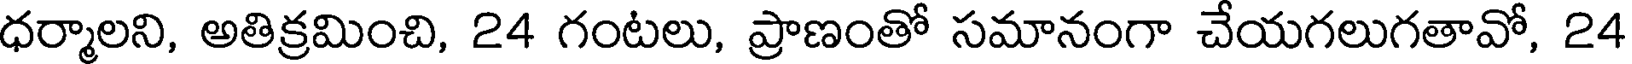
ధర్మాలని, అతిక్రమించి, 24 గంటలు, ప్రాణంతో సమానంగా చేయగలుగతావో, 24